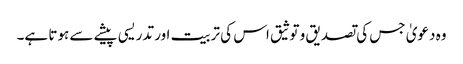
وہ دعویٰ جس کی تصدیق و توثیق اس کی تربیت اور تدریسی پیشے سے ہوتا ہے۔